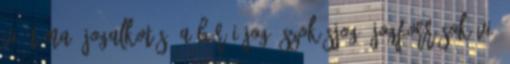
VI. téma. Jogalkotás, a bírói jog, szokásjog. Jogforrások VI.